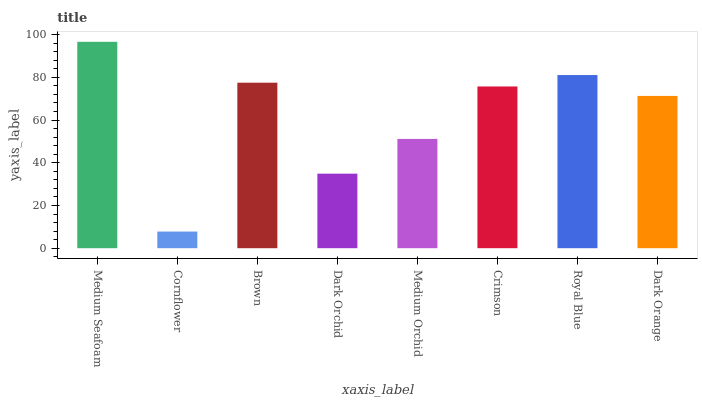
| xaxis_label | bars |
 | --- | --- |
 | Medium Seafoam | 96.6 |
 | Cornflower | 7.8 |
 | Brown | 77.5 |
 | Dark Orchid | 34.9 |
 | Medium Orchid | 51.2 |
 | Crimson | 75.7 |
 | Royal Blue | 81.1 |
 | Dark Orange | 71.3 |